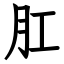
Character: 肛